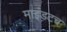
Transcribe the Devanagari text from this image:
माइंडटच